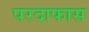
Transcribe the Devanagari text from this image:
परदाफास